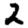
Digit: 2